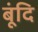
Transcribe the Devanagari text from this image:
बूंदि